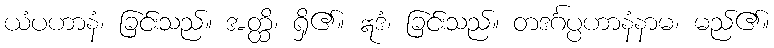
ယံပဟာနံ၊ ခြင်းသည်။ အတ္ထိ၊ ရှိ၏။ ဣဒံ၊ ခြင်းသည်။ တဒင်္ဂပ္ပဟာနံနာမ၊ မည်၏။